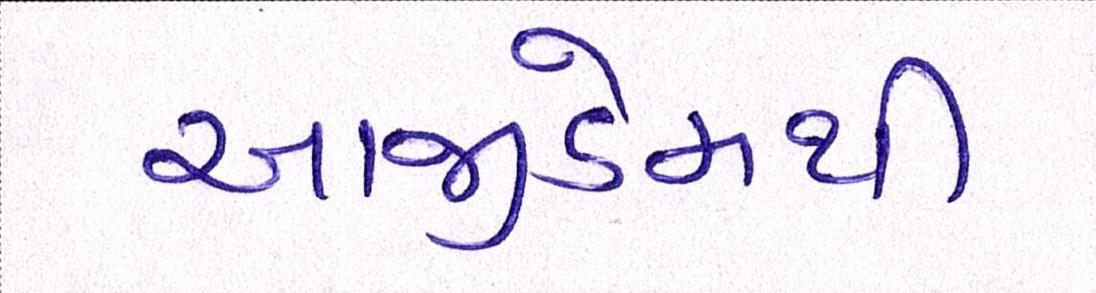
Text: આજીડેમથી